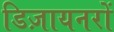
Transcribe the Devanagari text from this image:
डिज़ायनरों